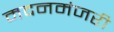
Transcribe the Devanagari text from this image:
मदनमंजरी